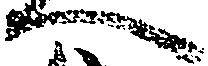
へ